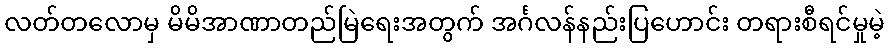
လတ်တလောမှ မိမိအာဏာတည်မြဲရေးအတွက် အင်္ဂလန်နည်းပြဟောင်း တရားစီရင်မှုမဲ့